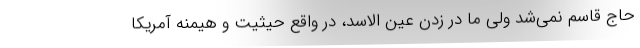
حاج قاسم نمی‌شد ولی ما در زدن عین الاسد، در واقع حیثیت و هیمنه آمریکا